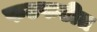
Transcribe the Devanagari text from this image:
फटफटीत